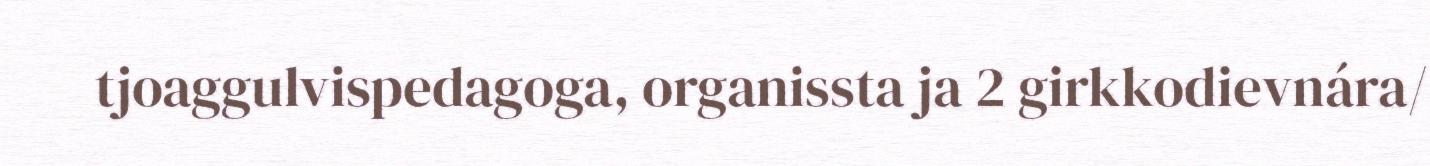
tjoaggulvispedagoga, organissta ja 2 girkkodievnára/